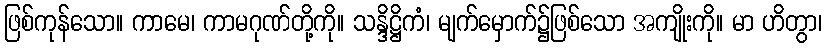
ဖြစ်ကုန်သော။ ကာမေ၊ ကာမဂုဏ်တို့ကို။ သန္ဒိဋ္ဌိကံ၊ မျက်မှောက်၌ဖြစ်သော အကျိုးကို။ မာ ဟိတွာ၊